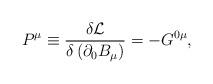
LaTeX: \begin{align*}P^\mu \equiv \frac{\delta \mathcal{L}}{\delta \left( \partial _0B_\mu \right) } = -G^{0\mu },\end{align*}